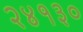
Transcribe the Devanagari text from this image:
२४१३०